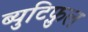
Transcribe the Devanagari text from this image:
ब्युटिफ़ुल